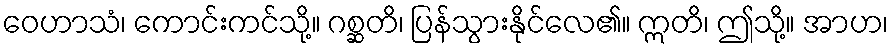
ဝေဟာသံ၊ ကောင်းကင်သို့။ ဂစ္ဆတိ၊ ပြန်သွားနိုင်လေ၏။ ဣတိ၊ ဤသို့။ အာဟ၊